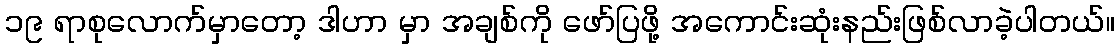
၁၉ ရာစုလောက်မှာတော့ ဒါဟာ မှာ အချစ်ကို ဖော်ပြဖို့ အကောင်းဆုံးနည်းဖြစ်လာခဲ့ပါတယ်။